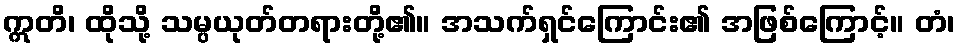
ဣတိ၊ ထိုသို့ သမ္ပယုတ်တရားတို့၏။ အသက်ရှင်ကြောင်း၏ အဖြစ်ကြောင့်။ တံ၊